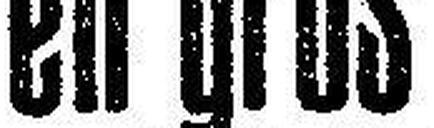
en gros